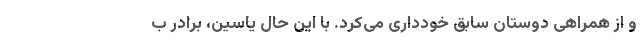
و از همراهی دوستان سابق خودداری می‌کرد. با این حال یاسین، برادر ب